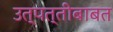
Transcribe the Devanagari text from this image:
उत्पत्तीबाबत